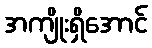
အကျိုးရှိအောင်